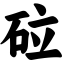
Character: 砬